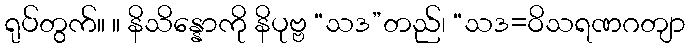
ရုပ်တွက်။ ။ နိသိန္နောကို နိပုဗ္ဗ “သဒ”တည်၊ “သဒ=ဝိသရဏဂတျာ